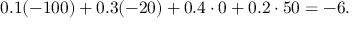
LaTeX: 0 . 1 ( - 1 0 0 ) + 0 . 3 ( - 2 0 ) + 0 . 4 \cdot 0 + 0 . 2 \cdot 5 0 = - 6 .